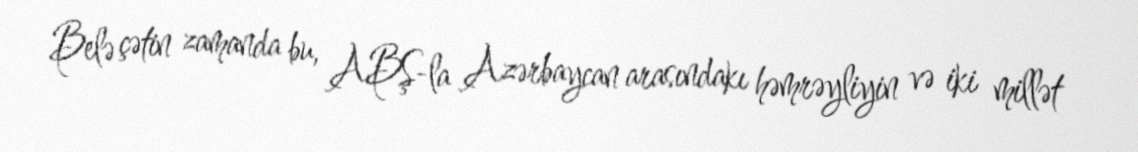
Belə çətin zamanda bu, ABŞ-la Azərbaycan arasındakı həmrəyliyin və iki millət